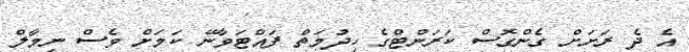
އެ ދެ ރަށަށް ގެންގޮސް ކަރަންޓްގެ ހިދުމަތް ފައްޓަވާނޭ ކަމަށް ވެސް ނިމާލް